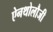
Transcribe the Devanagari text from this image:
ऐनथोलौजी